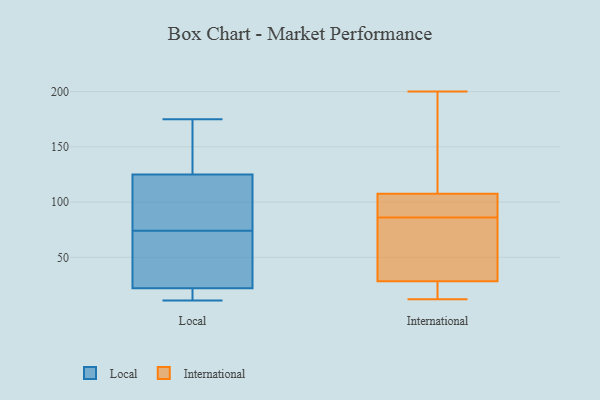
{"axis": {"x": "Temperature (°C)", "y": "Value"}, "legend": ["International", "Local"], "data": [{"x": "", "y": 77, "type": "Local"}, {"x": "", "y": 130, "type": "Local"}, {"x": "", "y": 15, "type": "Local"}, {"x": "", "y": 50, "type": "Local"}, {"x": "", "y": 175, "type": "Local"}, {"x": "", "y": 11, "type": "Local"}, {"x": "", "y": 17, "type": "Local"}, {"x": "", "y": 147, "type": "Local"}, {"x": "", "y": 92, "type": "Local"}, {"x": "", "y": 71, "type": "Local"}, {"x": "", "y": 120, "type": "Local"}, {"x": "", "y": 27, "type": "Local"}, {"x": "", "y": 111, "type": "International"}, {"x": "", "y": 28, "type": "International"}, {"x": "", "y": 174, "type": "International"}, {"x": "", "y": 12, "type": "International"}, {"x": "", "y": 157, "type": "International"}, {"x": "", "y": 86, "type": "International"}, {"x": "", "y": 95, "type": "International"}, {"x": "", "y": 52, "type": "International"}, {"x": "", "y": 13, "type": "International"}, {"x": "", "y": 29, "type": "International"}, {"x": "", "y": 94, "type": "International"}, {"x": "", "y": 45, "type": "International"}, {"x": "", "y": 97, "type": "International"}, {"x": "", "y": 200, "type": "International"}, {"x": "", "y": 23, "type": "International"}]}